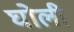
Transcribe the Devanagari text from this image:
घोली